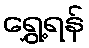
ရွှေ့ရန်